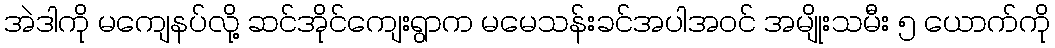
အဲဒါကို မကျေနပ်လို့ ဆင်အိုင်ကျေးရွာက မမေသန်းခင်အပါအဝင် အမျိုးသမီး ၅ ယောက်ကို